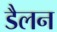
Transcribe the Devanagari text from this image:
डैलन